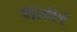
લાસર